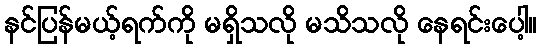
နင်ပြန်မယ့်ရက်ကို မရှိသလို မသိသလို နေရင်းပေါ့။